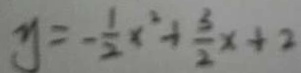
y = - \frac { 1 } { 2 } x ^ { 2 } + \frac { 3 } { 2 } x + 2